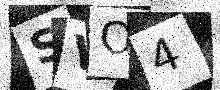
Text: SVO4